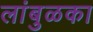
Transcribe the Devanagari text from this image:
लांबुळका